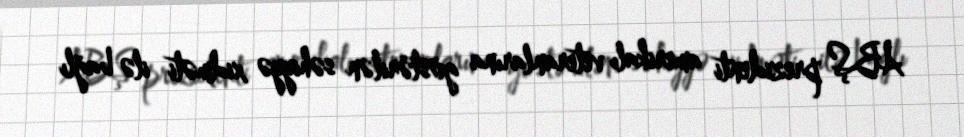
ABŞ prezidenti amerikalı veteranlarına göstərilən səhiyyə xidməti ilə bağlı